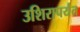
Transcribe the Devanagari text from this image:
उशिरापर्यंत